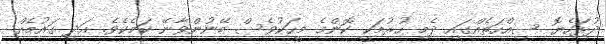
ދުޅަހެޔޮ ސިއްހަތެއްގައި ދެމި ހުރުމަކީ ކޮންމެ މީހަކުވެސް ބޭނުންވާނޭ ކަމެކެވެ. އަދި ގައުމެއް